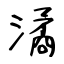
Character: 潏